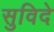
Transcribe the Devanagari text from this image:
सुविदे